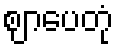
ဈာပေတုံ